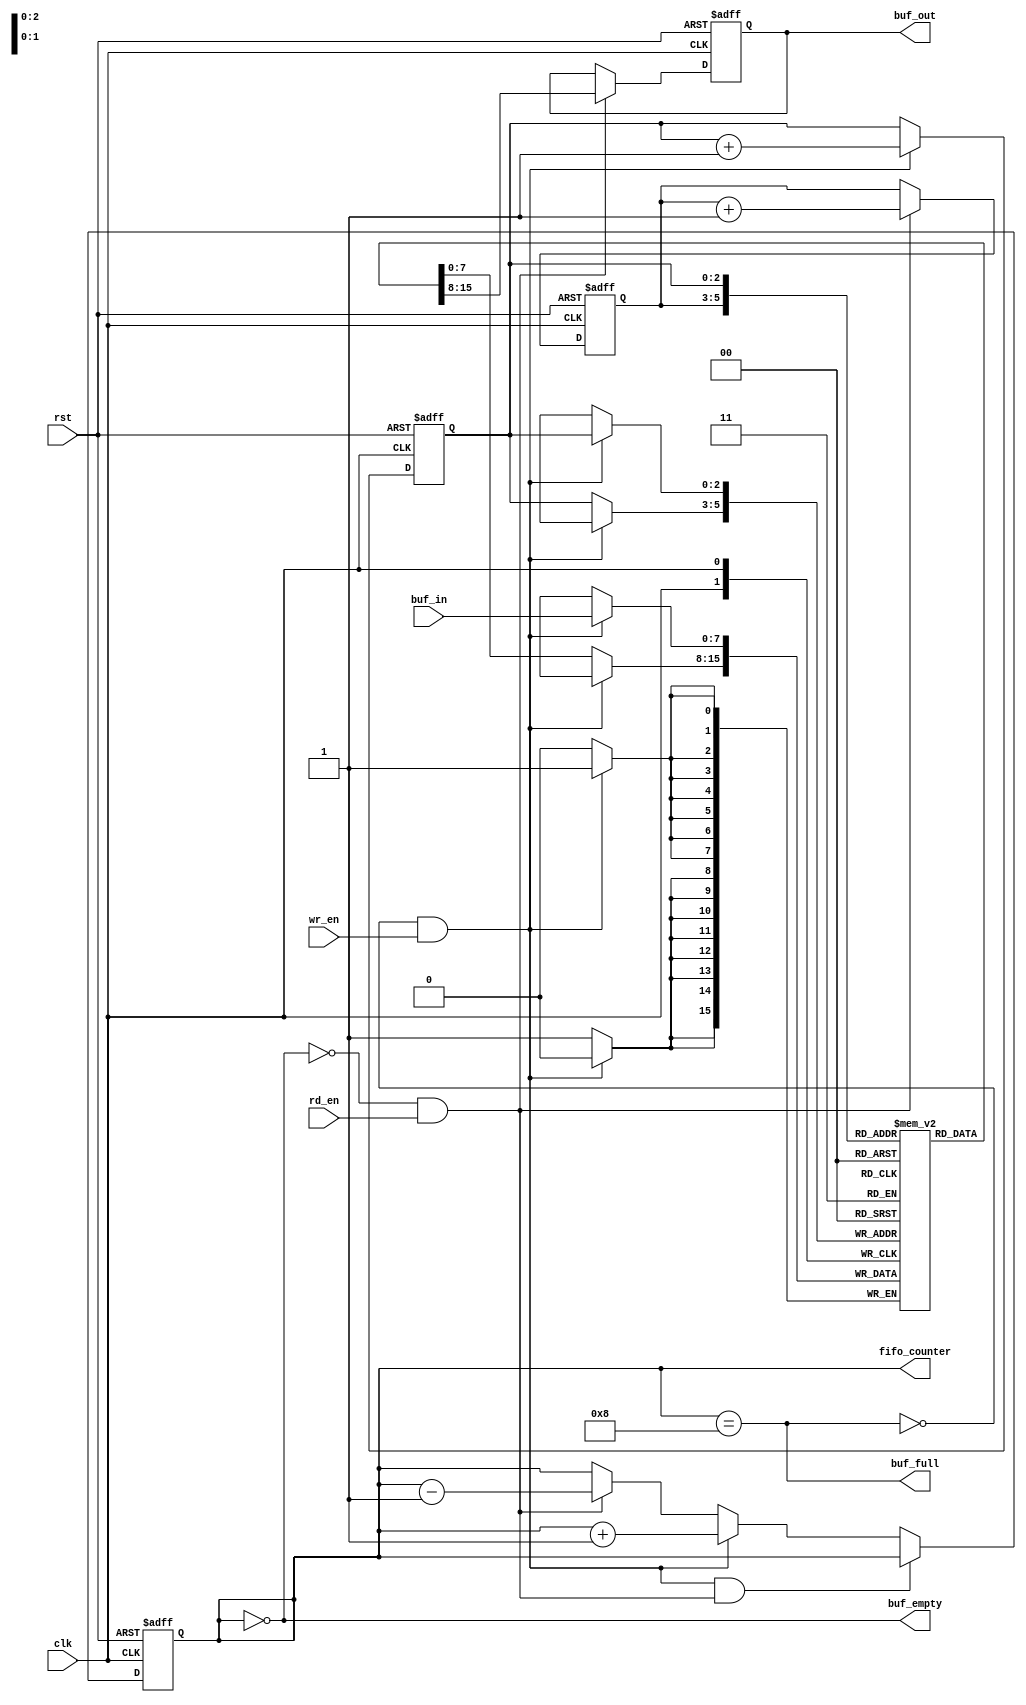
`define BUF_WIDTH 3    // BUF_SIZE = 16 -> BUF_WIDTH = 4, no. of bits to be used in pointer
`define BUF_SIZE ( 1<<`BUF_WIDTH )

module Sync_FIFO( clk, rst, buf_in, buf_out, wr_en, rd_en, buf_empty, buf_full, fifo_counter );

input                 rst, clk, wr_en, rd_en;  
// reset, system clock, write enable and read enable.
input [7:0]           buf_in;                  
// data input to be pushed to buffer
output[7:0]           buf_out;                  
// port to output the data using pop.
output                buf_empty, buf_full;      
// buffer empty and full indication
output[`BUF_WIDTH :0] fifo_counter;            
// number of data pushed in to buffer  

reg[7:0]              buf_out;
reg                   buf_empty, buf_full;
reg[`BUF_WIDTH :0]    fifo_counter;
reg[`BUF_WIDTH -1:0]  rd_ptr, wr_ptr;           // pointer to read and write addresses  
reg[7:0]              buf_mem[`BUF_SIZE -1 : 0]; //  

always @(fifo_counter)
begin
   buf_empty = (fifo_counter==0);   // Checking for whether buffer is empty or not
   buf_full = (fifo_counter== `BUF_SIZE);  //Checking for whether buffer is full or not

end

//Setting FIFO counter value for different situations of read and write operations.
always @(posedge clk or posedge rst)
begin
   if( rst )
       fifo_counter <= 0; // Reset the counter of FIFO

   else if( (!buf_full && wr_en) && ( !buf_empty && rd_en ) )  //When doing read and write operation simultaneously
       fifo_counter <= fifo_counter; // At this state, counter value will remain same.

   else if( !buf_full && wr_en ) // When doing only write operation
       fifo_counter <= fifo_counter + 1;

   else if( !buf_empty && rd_en ) //When doing only read operation
       fifo_counter <= fifo_counter - 1;

   else
      fifo_counter <= fifo_counter; // When doing nothing.
end

always @( posedge clk or posedge rst)
begin
   if( rst )
      buf_out <= 0; //On reset output of buffer is all 0.
   else
   begin
      if( rd_en && !buf_empty )
         buf_out <= buf_mem[rd_ptr]; //Reading the 8 bit data from buffer location indicated by read pointer

      else
         buf_out <= buf_out;

   end
end

always @(posedge clk)
begin
   if( wr_en && !buf_full )
      buf_mem[ wr_ptr ] <= buf_in; //Writing 8 bit data input to buffer location indicated by write pointer

   else
      buf_mem[ wr_ptr ] <= buf_mem[ wr_ptr ];
end

always@(posedge clk or posedge rst)
begin
   if( rst )
   begin
      wr_ptr <= 0; // Initializing write pointer
      rd_ptr <= 0; //Initializing read pointer
   end
   else
   begin
      if( !buf_full && wr_en )    
wr_ptr <= wr_ptr + 1; // On write operation, Write pointer points to next location
      else  
wr_ptr <= wr_ptr;

      if( !buf_empty && rd_en )  
rd_ptr <= rd_ptr + 1; // On read operation, read pointer points to next location to be read
      else
rd_ptr <= rd_ptr;
   end

end
endmodule